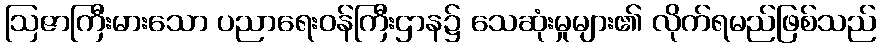
ဩဇာကြီးမားသော ပညာရေးဝန်ကြီးဌာန၌ သေဆုံးမှုများ၏ လိုက်ရမည်ဖြစ်သည်